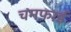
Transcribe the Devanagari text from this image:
चमफाई